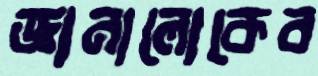
জ্ঞানালোকেব